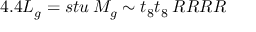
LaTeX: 4 . 4 L _ { g } = s t u \: M _ { g } \sim t _ { 8 } t _ { 8 } \: R R R R